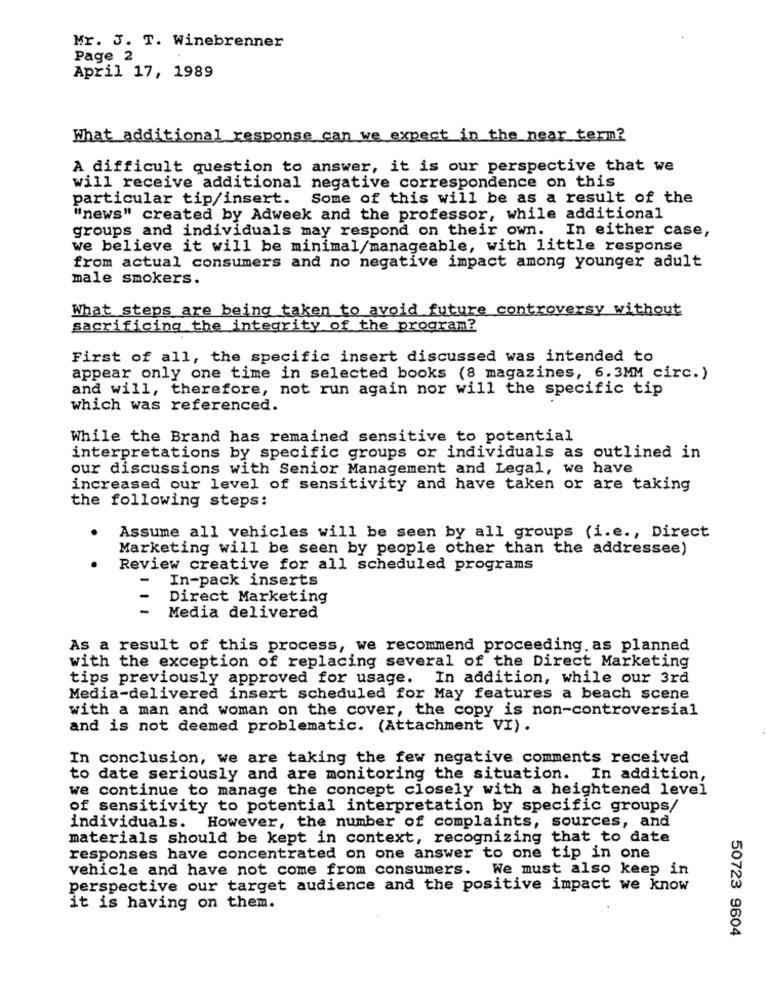
Mr. J. T. Winebrenner
Page 2
April 17, 1989
What additional response can we expect in the near term?
A difficult question to answer, it is our perspective that we
will receive additional negative correspondence on this
particular tip/insert. Some of this will be as a result of the
"news" created by Adweek and the professor, while additional
groups and individuals may respond on their own. In either case,
we believe it will be minimal/manageable, with little response
from actual consumers and no negative impact among younger adult
male smokers.
What steps are being taken to avoid future controversy without
sacrificing the integrity of the program?
First of all, the specific insert discussed was intended to
appear only one time in selected books (8 magazines, 6.3MM circ.)
and will, therefore, not run again nor will the specific tip
which was referenced.
While the Brand has remained sensitive to potential
interpretations by specific groups or individuals as outlined in
our discussions with Senior Management and Legal, we have
increased our level of sensitivity and have taken or are taking
the following steps:
Assume all vehicles will be seen by all groups (i.e ., Direct
Marketing will be seen by people other than the addressee)
Review creative for all scheduled programs
-
In-pack inserts
Direct Marketing
-
Media delivered
As a result of this process, we recommend proceeding as planned
with the exception of replacing several of the Direct Marketing
tips previously approved for usage. In addition, while our 3rd
Media-delivered insert scheduled for May features a beach scene
with a man and woman on the cover, the copy is non-controversial
and is not deemed problematic. (Attachment VI) .
In conclusion, we are taking the few negative comments received
to date seriously and are monitoring the situation. In addition,
we continue to manage the concept closely with a heightened level
of sensitivity to potential interpretation by specific groups/
individuals. However, the number of complaints, sources, and
materials should be kept in context, recognizing that to date
responses have concentrated on one answer to one tip in one
vehicle and have not come from consumers. We must also keep in
perspective our target audience and the positive impact we know
it is having on them.
50723 9604